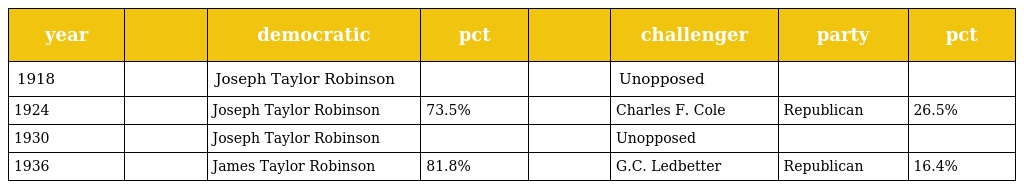
| year |  | democratic | pct |  | challenger | party | pct |
 | --- | --- | --- | --- | --- | --- | --- | --- |
 | 1918 |  | Joseph Taylor Robinson |  |  | Unopposed |  |  |
 | 1924 |  | Joseph Taylor Robinson | 73.5% |  | Charles F. Cole | Republican | 26.5% |
 | 1930 |  | Joseph Taylor Robinson |  |  | Unopposed |  |  |
 | 1936 |  | James Taylor Robinson | 81.8% |  | G.C. Ledbetter | Republican | 16.4% |